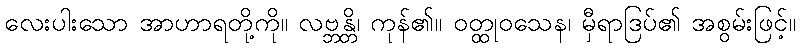
လေးပါးသော အာဟာရတို့ကို။ လဗ္ဘန္တိ၊ ကုန်၏။ ဝတ္ထုဝသေန၊ မှီရာဒြပ်၏ အစွမ်းဖြင့်။